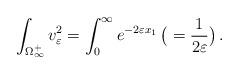
LaTeX: \begin{align*} \int_{\Omega_\infty^+} v_\varepsilon^2=\int_0^\infty e^{-2\varepsilon x_1}\,\big(=\frac{1}{2\varepsilon}\big)\,. \end{align*}